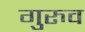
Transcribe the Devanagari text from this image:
गुरुव